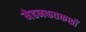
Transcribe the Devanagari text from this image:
मेहनकतकशों